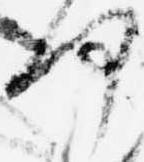
何